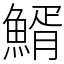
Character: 䱬